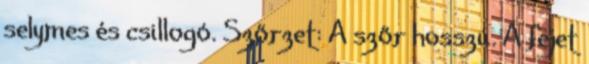
selymes és csillogó. Szőrzet: A szőr hosszú. A fejet